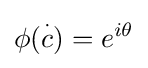
\phi ({\overset {\cdot }{c}})=e^{i\theta }